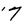
Character: 7